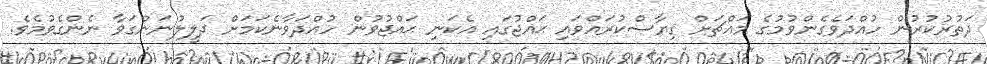
ދަތުރުކުރުން ހުއްދަވެގެންވުމުގެ މައްޗަށް ޤިޔާސްކުރައްވައި ޙައްޖުގައި އެކަނި ޙައްޖުވުން ހުއްދަވާނެކަމަށް ދަލީލުނަންގަވާ ނެންގެވުމެވެ.